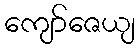
ကျော်ဇေယျ